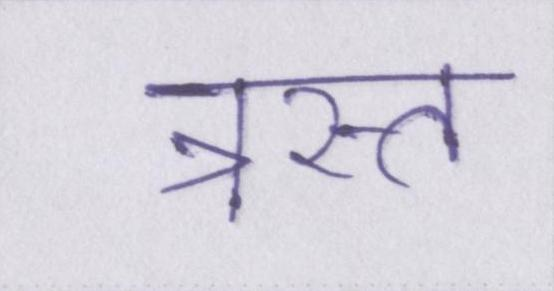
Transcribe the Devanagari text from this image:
त्रस्त